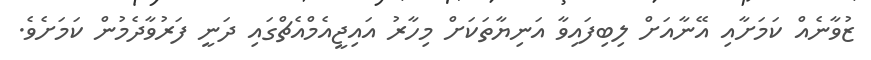
ޒުވާނެއް ކަމަށާއި އޭނާއަށް ލިބިފައިވާ އަނިޔާތަކަަށް މިހާރު އައިޖީއެމްއެޗްގައި ދަނީ ފަރުވާދެމުން ކަމަށެވެ.